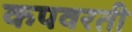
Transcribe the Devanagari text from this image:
कपवरती